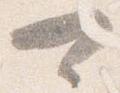
可